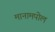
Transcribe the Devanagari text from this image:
मानामपोल